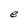
Character: e